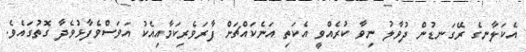
އެކަލާނގެ ރޭގަނޑުން ދުވާލު ނިވާ ކުރެއްވީ އެކަތި އަނެކައްޗަށް ފާރަވެރިކަމާއިއެކު އަވަސްވެފާޅުވެދާ ގޮތުގައެވެ.